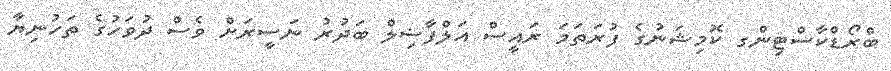
ބްރޯޑްކާސްޓިންގ ކޮމިޝަނުގެ ފުރަތަމަ ރައީސް އަލްފާޟިލް ބަދުރު ނަސީރަށް ވެސް ދުވަހުގެ ތަހުނިޔާ